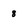
Character: 8